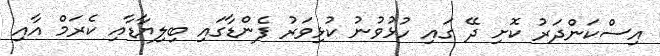
އިސްކަންދަރު ކޮށި ދޭ ގައި ހުޅުވުނު ކުޅިވަރު ފެންޑާގައި ބިލިޔާޑާއި ކެރަމް އާއި